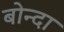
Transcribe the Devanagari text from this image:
बोन्‍दा